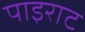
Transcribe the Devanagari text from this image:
पाइराट